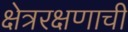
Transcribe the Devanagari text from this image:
क्षेत्ररक्षणाची